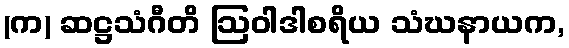
(က) ဆဋ္ဌသံဂီတိ ဩဝါဒါစရိယ သံဃနာယက,